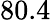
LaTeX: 80.4